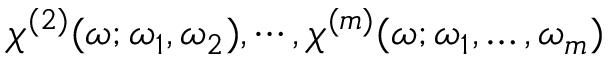
\chi ^ { ( 2 ) } ( \omega ; \omega _ { 1 } , \omega _ { 2 } ) , \cdots , \chi ^ { ( m ) } ( \omega ; \omega _ { 1 } , \dots , \omega _ { m } )